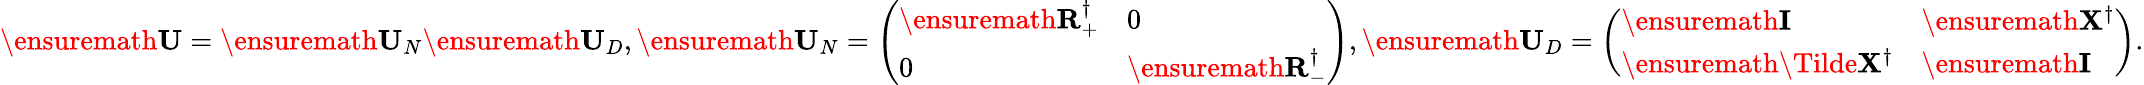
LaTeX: \ensuremath{\mathbf{U}}=\ensuremath{\mathbf{U}}_{N}\ensuremath{\mathbf{U}}_{D},\ensuremath{\mathbf{U}}_{N}=\left(\begin{array}{ll}{\ensuremath{\mathbf{R}}_{+}^{\dagger}}&{0}\\ {0}&{\ensuremath{\mathbf{R}}_{-}^{\dagger}}\end{array}\right),\ensuremath{\mathbf{U}}_{D}=\left(\begin{array}{ll}{\ensuremath{\mathbf{I}}}&{\ensuremath{\mathbf{X}}^{\dagger}}\\ {\ensuremath{\mathbf{\Tilde{X}^{\dagger}}}}&{\ensuremath{\mathbf{I}}}\end{array}\right).